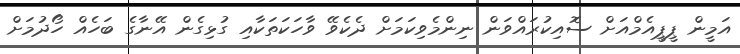
އަމީން ޕީޕީއެމްއަށް ސޮއިކުރައްވަން ނިންމެވިކަމަށް ދެކެވޭ ވާހަކަތަކާއި ގުޅިގެން އޭނާގެ ބަހެއް ހޯދުމަށް